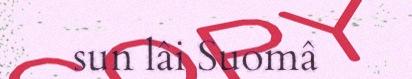
sun lâi Suomâ